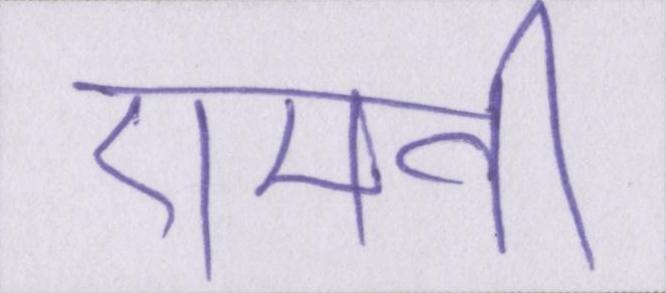
एमवी